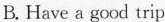
B.Have a good trip